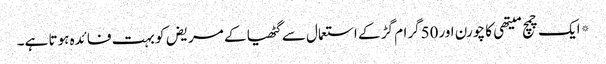
*ایک چمچ میتھی کا چورن اور50گرام گڑ کے استعمال سے گٹھیا کے مریض کو بہت فائدہ ہوتا ہے۔